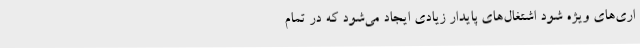
اری‌های ویژه شود اشتغال‌های پایدار زیادی ایجاد می‌شود که در تمام